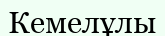
Кемелұлы